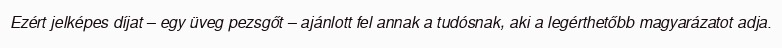
Ezért jelképes díjat – egy üveg pezsgőt – ajánlott fel annak a tudósnak, aki a legérthetőbb magyarázatot adja.